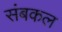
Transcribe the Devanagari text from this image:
संबकल